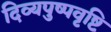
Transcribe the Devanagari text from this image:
दिव्यपुष्पवृष्टि